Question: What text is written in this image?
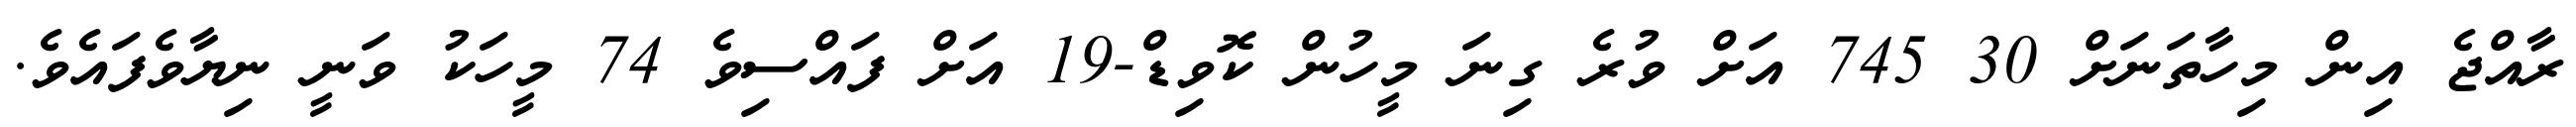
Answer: ރާއްޖެ އިން މިހާތަނަށް 30 745 އަށް ވުރެ ގިނަ މީހުން ކޮވިޑް-19 އަށް ފައްސިވެ 74 މީހަކު ވަނީ ނިޔާވެފައެވެ.